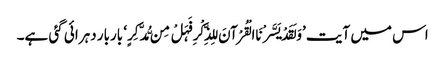
اس میں آیت ’وَلَقَدْ یَسَّرْنَا الْقُرْآنَ لِلذِّکْرِ فَہَلْ مِن مُّدَّکِرٍ‘ باربار دہرائی گئی ہے۔